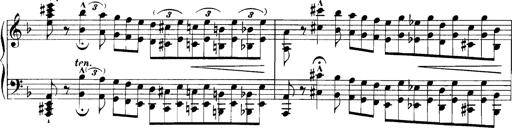
Title: Grandes Etudes
Composer: Franz Liszt